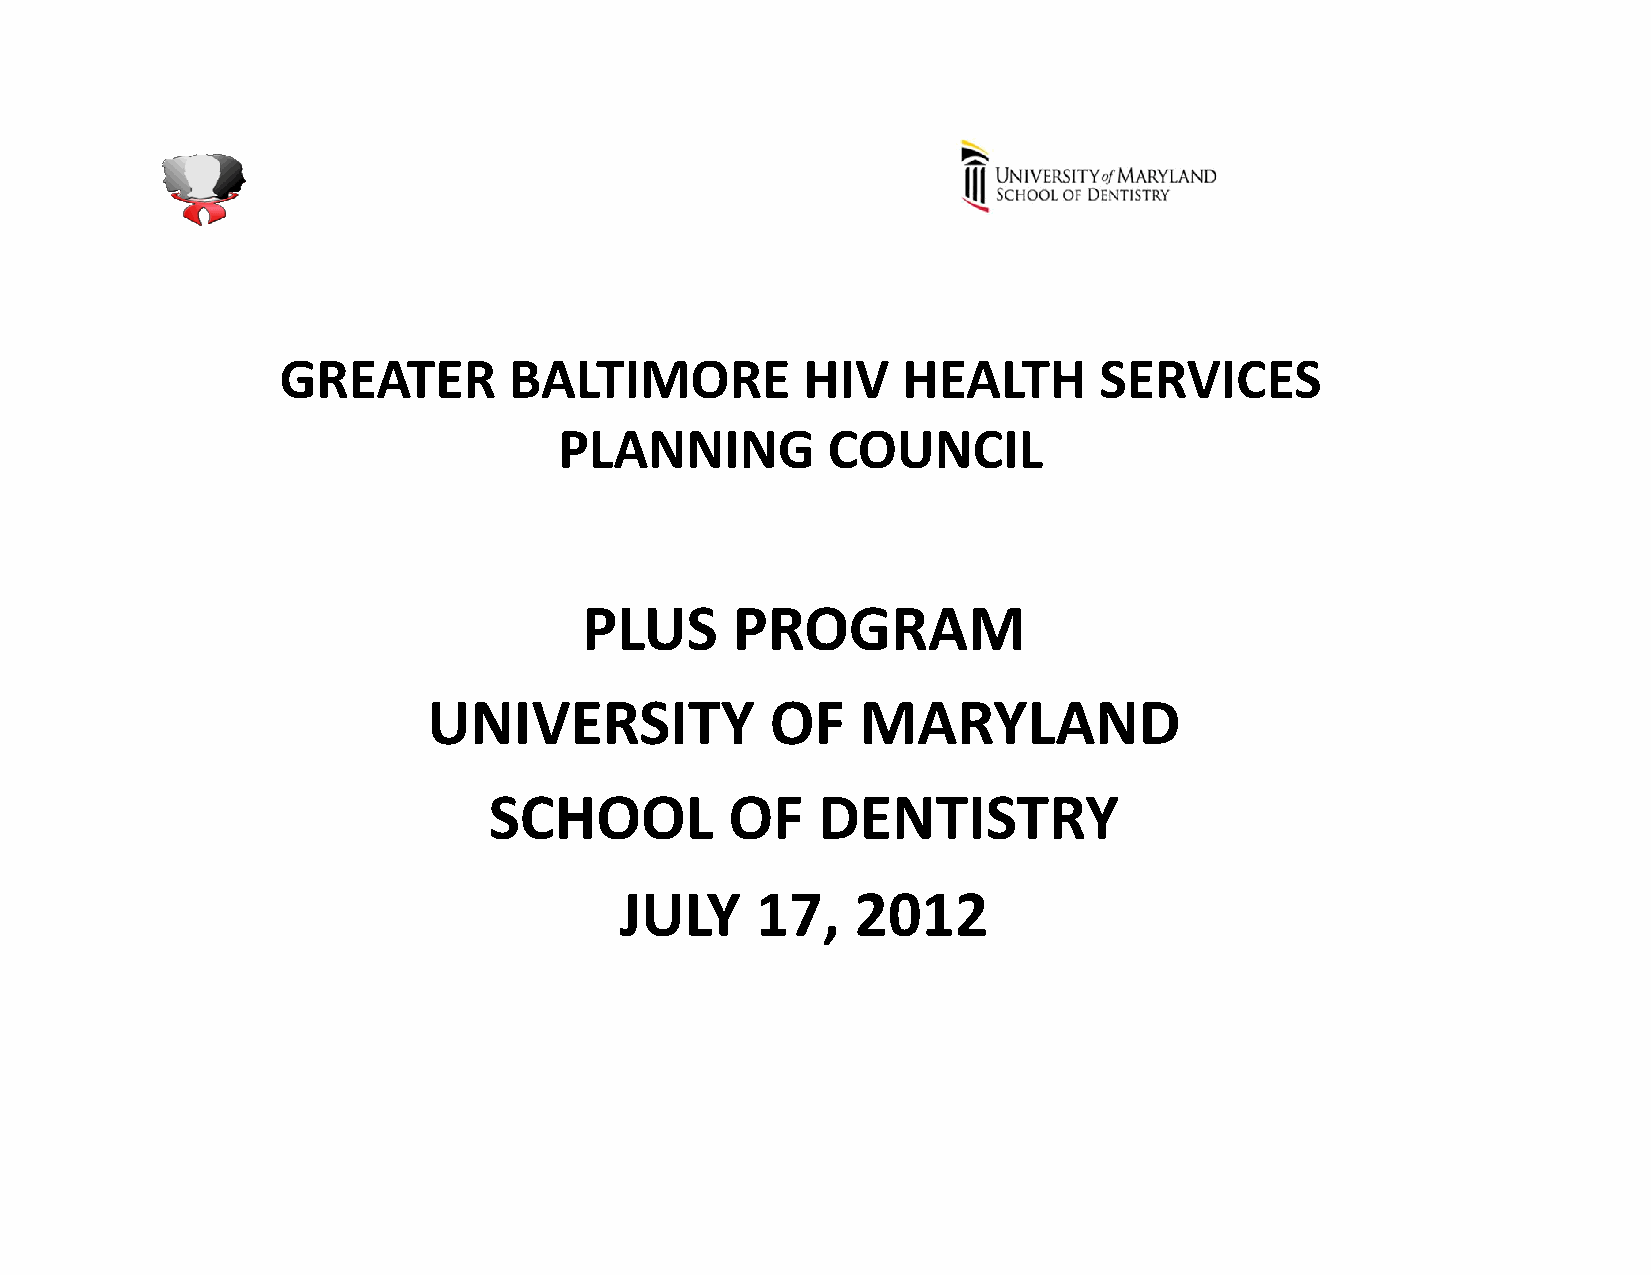
GREATER        BALTIMORE          HIV    HEALTH       SERVICES
 PLANNING          COUNCIL
 PLUS     PROGRAM
 UNIVERSITY             OF    MARYLAND
 SCHOOL          OF    DENTISTRY
 JULY     17,    2012